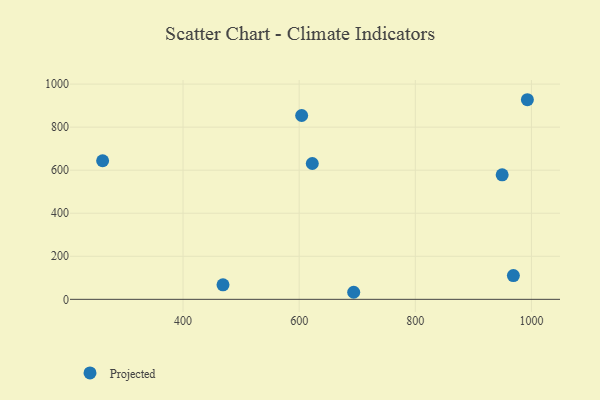
{"axis": {"x": "Investment", "y": "Demand"}, "legend": ["Projected"], "data": [{"x": "261.5", "y": 643.8, "type": "Projected"}, {"x": "622.6", "y": 631.0, "type": "Projected"}, {"x": "693.9", "y": 32.8, "type": "Projected"}, {"x": "604.3", "y": 854.1, "type": "Projected"}, {"x": "993.0", "y": 927.4, "type": "Projected"}, {"x": "949.6", "y": 578.6, "type": "Projected"}, {"x": "968.9", "y": 110.2, "type": "Projected"}, {"x": "468.8", "y": 67.4, "type": "Projected"}]}